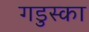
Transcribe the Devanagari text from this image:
गडुस्का